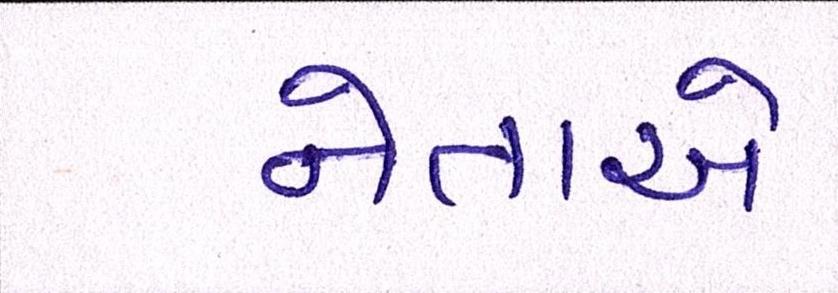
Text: નેતાએ